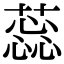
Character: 蕊